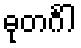
ဓုတင်္ဂါ